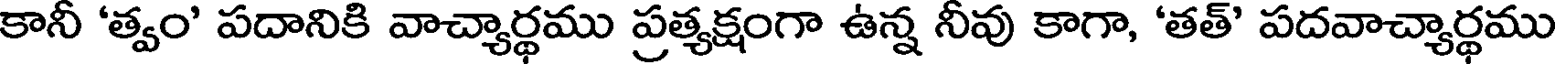
కానీ 'త్వం' పదానికి వాచ్యార్థము ప్రత్యక్షంగా ఉన్న నీవు కాగా, 'తత్' పదవాచ్యార్థము